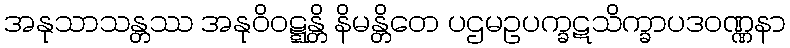
အနုသာသန္တဿ အနုဝိဝဋ္ဋန္တိ နိမန္တိတေ ပဌမဥပက္ခဋသိက္ခာပဒဝဏ္ဏနာ